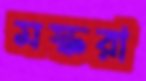
মস্করা